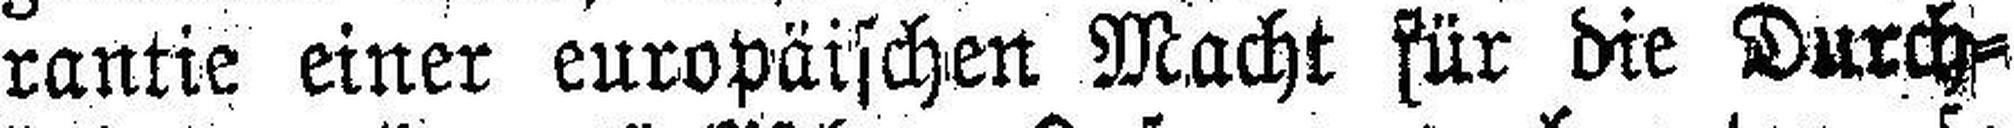
rantie einer europäischen Macht für die Durch¬